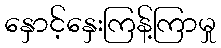
နှောင့်နှေးကြန့်ကြာမှု